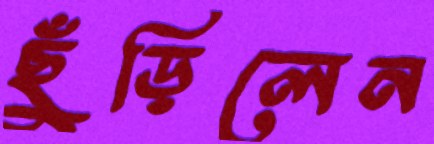
ছুঁড়িলেন